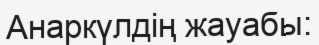
Анаркүлдің жауабы: